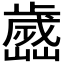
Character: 𣦭